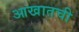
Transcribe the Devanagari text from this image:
आखातची